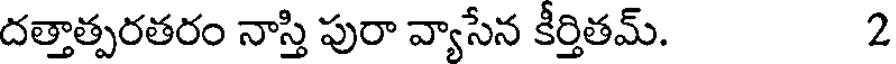
దత్తాత్పరతరం నాస్తి పురా వ్యాసేన కీర్తితమ్. 2